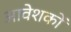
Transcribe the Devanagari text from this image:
आवेशकों